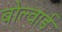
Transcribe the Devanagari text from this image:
बोल्वार्ड